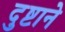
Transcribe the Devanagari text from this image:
दुष्टाने